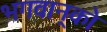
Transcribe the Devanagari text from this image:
भगवान्‌को